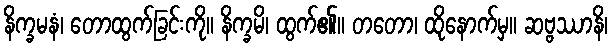
နိက္ခမနံ၊ တောထွက်ခြင်းကို။ နိက္ခမိ၊ ထွက်၏။ တတော၊ ထိုနောက်မှ။ ဆဗ္ဗဿာနိ၊